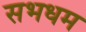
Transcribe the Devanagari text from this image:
सभधम